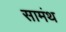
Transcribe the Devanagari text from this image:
सामंथ